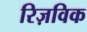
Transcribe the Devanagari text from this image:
रिज़विक